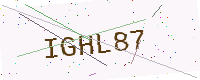
Text: IGHL87